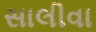
સાલીવા